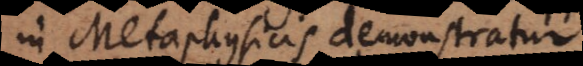
in Metaphysicis demonstratur.